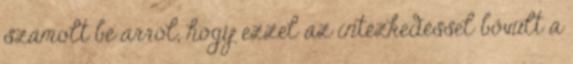
számolt be arról, hogy ezzel az intézkedéssel bővült a